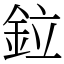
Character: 鉝